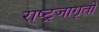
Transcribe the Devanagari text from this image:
राष्ट्रजागृती